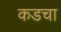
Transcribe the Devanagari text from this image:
कडचा